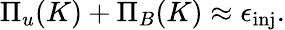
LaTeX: \Pi_{u}(K)+\Pi_{B}(K)\approx\epsilon_{\mathrm{inj}}.